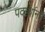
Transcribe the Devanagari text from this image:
पदार्थाना